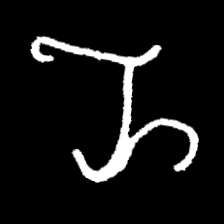
Pyu character \u2014 Myanmar letter: ည (romanized: nya)